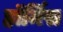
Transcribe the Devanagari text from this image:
हॉर्मिस